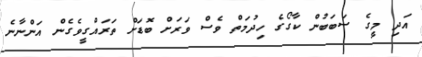
އަދި މީގެ ސަބަބުން ކާގޯގެ ހިދުމަތް ވެސް ވަރަށް ބޮޑަށް ތަރައްގީވެގެން އަންނާނެ